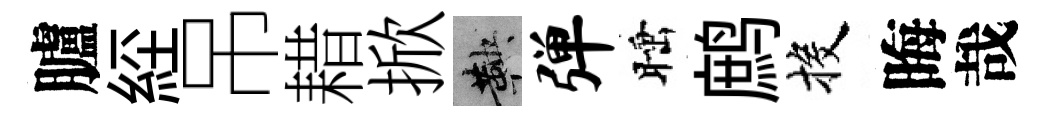
臚𦀇吊耤掀鞅弹睡鹧投晦哉